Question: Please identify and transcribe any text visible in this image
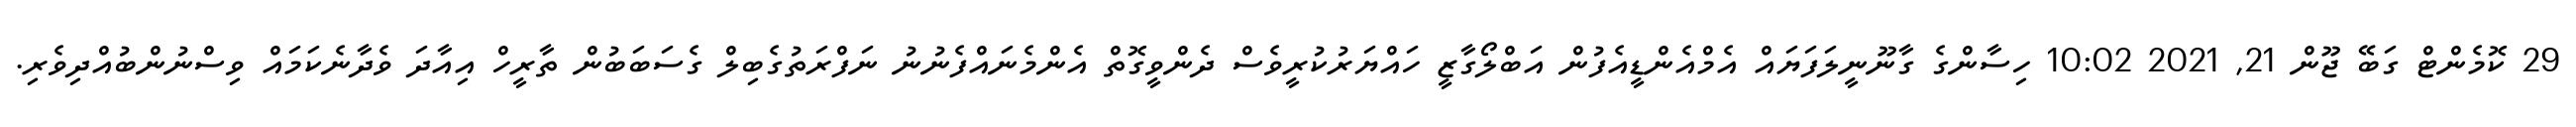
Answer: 29 ކޮމެންޓް ގަބޭ ޖޫން 21, 2021 10:02 ހިސާންގެ ގާނޫނީލަފަޔައް އެމްއެންޑީއެފުން އަބްލޯގާޒީ ހައްޔަރުކުރީވެސް ދެންވީގޮތް އެންމެނައްފެނުނު ނަފްރަތުގެބިލް ގެސަބަބުން ތާރީހް އިއާދަ ވެދާނެކަމައް ވިސްނުންބުއްދިވެރި.